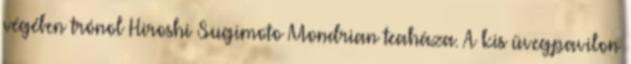
végében trónol Hiroshi Sugimoto Mondrian teaháza. A kis üvegpavilon